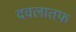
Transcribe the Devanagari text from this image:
दवलातफ